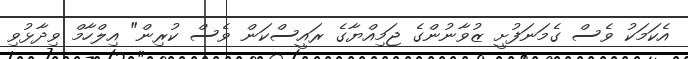
އެކަމަކު ވެސް ގެމަނަފުށީ ޒުވާނުންގެ ޖަމިއްޔާގެ ރައީސްކަން ވެސް ކުރިން" އިލްހާމް ވިދާޅުވި